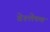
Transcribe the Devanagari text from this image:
वेश्लेषण